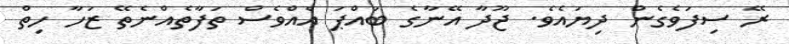
ރޭ ސިފަވެގެން ދިޔައެވެ. ޖޫދާ އޭނާގެ ބައްޕަ އެއްވެސް ތަފާތެއްނެތޭ ޒަހާ ހިތް